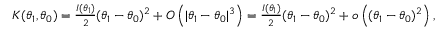
\begin{array} { r } { K ( \theta _ { 1 } , \theta _ { 0 } ) = \frac { I ( \theta _ { 1 } ) } { 2 } ( \theta _ { 1 } - \theta _ { 0 } ) ^ { 2 } + O \left( | \theta _ { 1 } - \theta _ { 0 } | ^ { 3 } \right) = \frac { I ( \theta _ { 1 } ) } { 2 } ( \theta _ { 1 } - \theta _ { 0 } ) ^ { 2 } + o \left( ( \theta _ { 1 } - \theta _ { 0 } ) ^ { 2 } \right) , } \end{array}